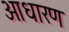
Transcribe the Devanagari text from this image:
आधारण